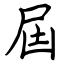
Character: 屆